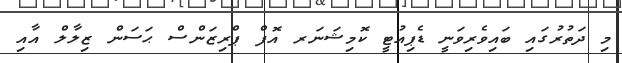
މި ދަތުރުގައި ބައިވެރިވަނީ ޑެޕިއުޓީ ކޮމިޝަނަރ އޮފް ޕްރިޒަންސް ޙަސަން ޒިލާލް އާއި